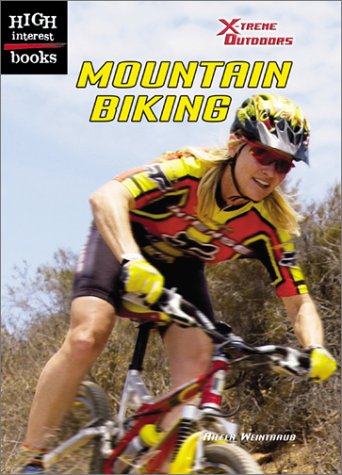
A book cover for Mountain Biking (High Interest Books: X-Treme Outdoors); Aileen Weintraub; Children's Books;